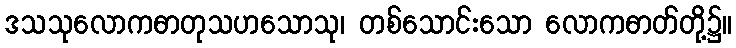
ဒသသုလောကဓာတုသဟသောသု၊ တစ်သောင်းသော လောကဓာတ်တို့၌။